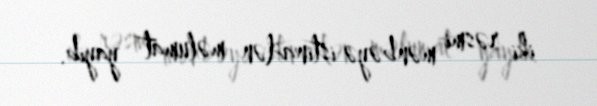
iki rəsmi mənbəyə istinadən məlumat yayıb.